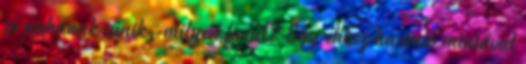
jó puhának tűnik, milyen fonal? Egy ehhez hasonló mintával